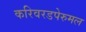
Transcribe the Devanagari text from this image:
करिवरडपेरुमल